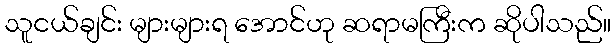
သူငယ်ချင်း များများရ အောင်ဟု ဆရာမကြီးက ဆိုပါသည်။